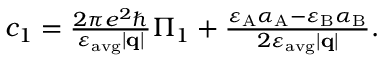
\begin{array} { r } { c _ { 1 } = \frac { 2 \pi e ^ { 2 } \hbar } { \varepsilon _ { \mathrm { a v g } } | \mathbf { q } | } \Pi _ { 1 } + \frac { \varepsilon _ { \mathrm { A } } \alpha _ { \mathrm { A } } - \varepsilon _ { \mathrm { B } } \alpha _ { \mathrm { B } } } { 2 \varepsilon _ { \mathrm { a v g } } | \mathbf { q } | } . } \end{array}